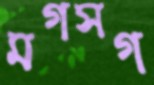
মগসগ